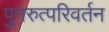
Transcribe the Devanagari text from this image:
पुनरुत्परिवर्तन